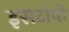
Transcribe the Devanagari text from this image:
इसटोपी